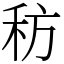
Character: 䄱